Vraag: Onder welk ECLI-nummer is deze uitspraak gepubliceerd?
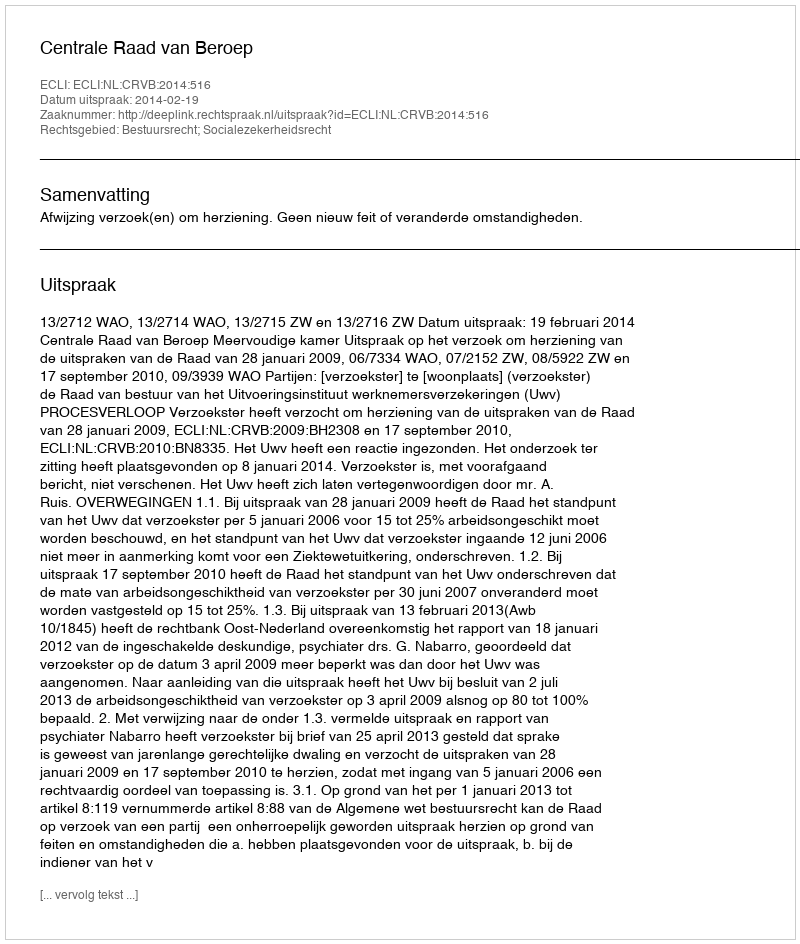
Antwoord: ECLI:NL:CRVB:2014:516